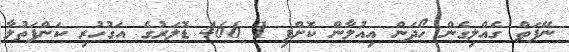
ނޭފަތް ގެއްލިގެން ހޯދަން އިއުލާން ކޮށްފި 1 466 ޑޮލަރުގެ އަގުހުރި ކަންފަތުލާ